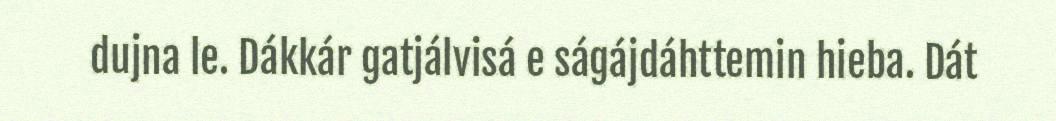
dujna le. Dákkár gatjálvisá e ságájdáhttemin hieba. Dát